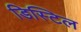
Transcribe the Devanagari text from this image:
डिस्टिल